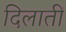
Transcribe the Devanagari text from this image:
दिलातीं